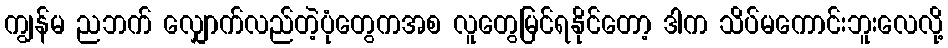
ကျွန်မ ညဘက် လျှောက်လည်တဲ့ပုံတွေကအစ လူတွေမြင်ရနိုင်တော့ ဒါက သိပ်မကောင်းဘူးလေလို့